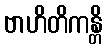
ဗာဟိတိကန္တိ